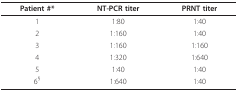
<table><thead><tr><td><b>Patient #*</b></td><td><b>NT-PCR titer</b></td><td><b>PRNT titer</b></td></tr></thead><tbody><tr><td>1</td><td>1:80</td><td>1:40</td></tr><tr><td>2</td><td>1:160</td><td>1:40</td></tr><tr><td>3</td><td>1:160</td><td>1:160</td></tr><tr><td>4</td><td>1:320</td><td>1:640</td></tr><tr><td>5</td><td>1:40</td><td>1:40</td></tr><tr><td>6<sup>§</sup></td><td>1:640</td><td>1:40</td></tr></tbody></table>